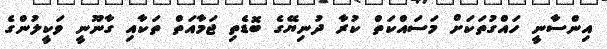
އިންސާނީ ހައްގުތަކަށް މަސައްކަތް ކުރާ ދުނިޔޭގެ ބޮޑެތި ޖަމާއަތް ތަކާއި ގާނޫނީ ވަކީލުންގެ